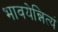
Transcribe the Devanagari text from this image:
भावयेन्नित्यं